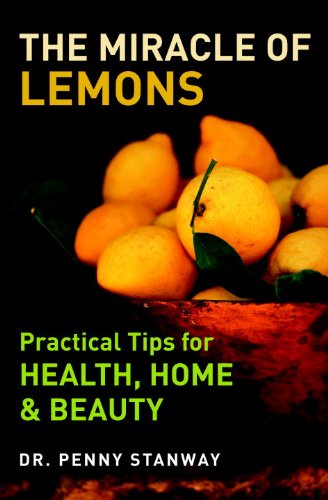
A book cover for The Miracle of Lemons: Practical Tips for Health, Home & Beauty; Dr. Penny Stanway; Crafts, Hobbies & Home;